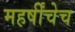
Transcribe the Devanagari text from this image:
महर्षींचेच